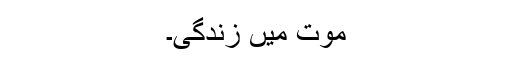
موت میں زندگی۔